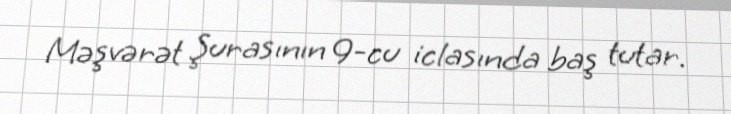
Məşvərət Şurasının 9-cu iclasında baş tutar.